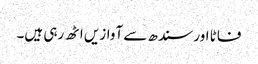
فاٹا اور سندھ سے آوازیں اٹھ رہی ہیں۔